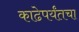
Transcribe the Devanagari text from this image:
काढेपर्यंतचा